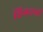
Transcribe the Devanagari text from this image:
शिवधर्मी